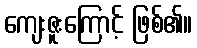
ကျေးဇူးကြောင့် ဖြစ်၏။